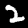
Label: 2